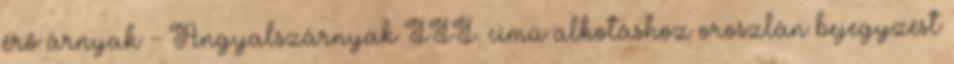
érő árnyak - Angyalszárnyak III. című alkotáshoz oroszlán bejegyzést